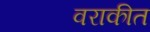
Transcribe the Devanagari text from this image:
वराकीत